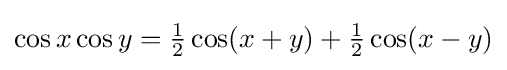
\cos x\cos y={\tfrac {1}{2}}\cos(x+y)+{\tfrac {1}{2}}\cos(x-y)